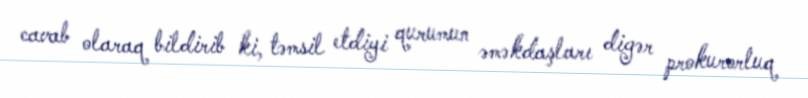
cavab olaraq bildirib ki, təmsil etdiyi qurumun əməkdaşları digər prokurorluq